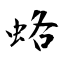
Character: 蛒